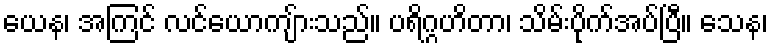
ယေန၊ အကြင် လင်ယောကျ်ားသည်။ ပရိဂ္ဂဟိတာ၊ သိမ်းပိုက်အပ်ပြီ။ သေန၊